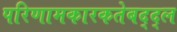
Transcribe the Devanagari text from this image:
परिणामकारकतेबद्द्ल